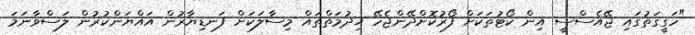
"ހަގީގަތުގައި ޖޭއެސްސީ އިން ކޯޓުތަކަށް ފޯރުކޮށްދޭންޖެހޭ ޚިދުމަތްތައް މިސާލަކަށް ފަނޑިޔާރުން އައްޔަންކުރުން ލަސްވާނަމަ